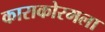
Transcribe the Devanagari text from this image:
काराकोरमला